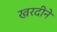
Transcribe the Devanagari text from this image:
खरदीने